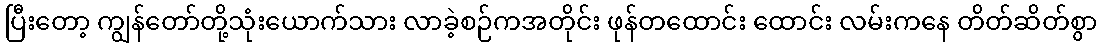
ပြီးတော့ ကျွန်တော်တို့သုံးယောက်သား လာခဲ့စဉ်ကအတိုင်း ဖုန်တထောင်း ထောင်း လမ်းကနေ တိတ်ဆိတ်စွာ